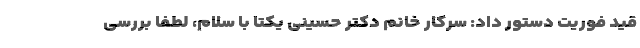
قید فوریت دستور داد: سرکار خانم دکتر حسینی یکتا با سلام، لطفاً‌ بررسی